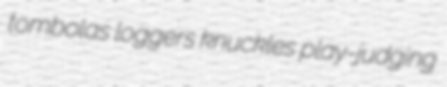
tombolas loggers knuckles play-judging